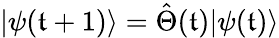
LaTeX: |\psi(\mathfrak{t}+1)\rangle=\hat{{\Theta}}(\mathfrak{t})|\psi(\mathfrak{t})\rangle